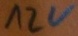
Text: 12V